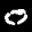
Label: 0